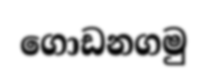
ගොඩනගමු